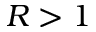
R > 1